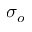
\sigma _ { o }